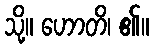
သို့။ ဟောတိ၊ ၏။